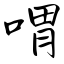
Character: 喟